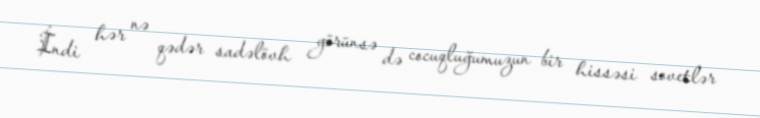
İndi hər nə qədər sadəlövh görünsə də cocuqluğumuzun bir hissəsi sovetlər